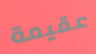
عقيمة